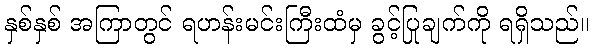
နှစ်နှစ် အကြာတွင် ရဟန်းမင်းကြီးထံမှ ခွင့်ပြုချက်ကို ရရှိသည်။